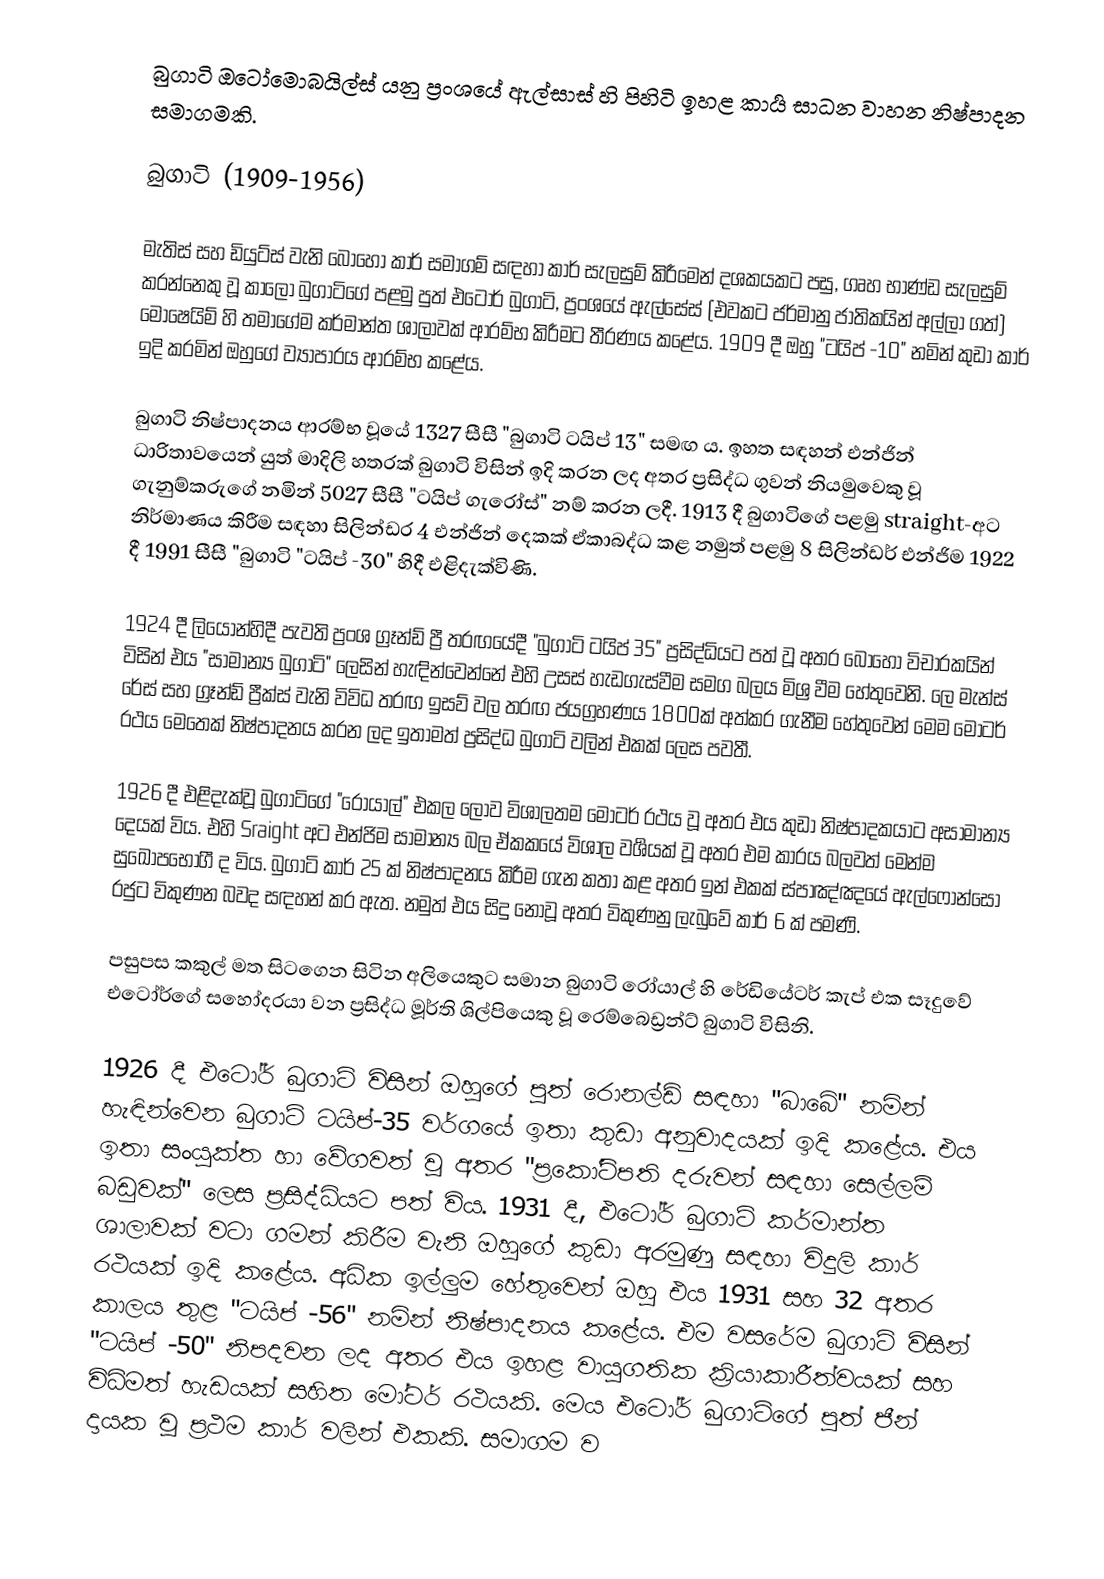
බුගාටි ඔටෝමොබයිල්ස් යනු ප්‍රංශයේ ඇල්සාස් හි පිහිටි ඉහළ කාර්‍ය සාධන වාහන නිෂ්පාදන සමාගමකි.

බුගාටි (1909-1956)

මැතිස් සහ ඩියුට්ස් වැනි බොහෝ කාර් සමාගම් සඳහා කාර් සැලසුම් කිරීමෙන් දශකයකට පසු, ගෘහ භාණ්ඩ සැලසුම් කරන්නෙකු වූ කාලෝ බුගාටිගේ පළමු පුත් එටෝර් බුගාටි, ප්‍රංශයේ ඇල්සේස් (එවකට ජර්මානු ජාතිකයින් අල්ලා ගත්) මොෂෙයිම් හි තමාගේම කර්මාන්ත ශාලාවක් ආරම්භ කිරීමට තීරණය කළේය. 1909 දී ඔහු "ටයිප් -10" නමින් කුඩා කාර් ඉදි කරමින් ඔහුගේ ව්‍යාපාරය ආරම්භ කළේය.

බුගාටි නිෂ්පාදනය ආරම්භ වූයේ 1327 සීසී "බුගාටි ටයිප් 13" සමඟ ය. ඉහත සඳහන් එන්ජින් ධාරිතාවයෙන් යුත් මාදිලි හතරක් බුගාටි විසින් ඉදි කරන ලද අතර ප්‍රසිද්ධ ගුවන් නියමුවෙකු වූ ගැනුම්කරුගේ නමින් 5027 සීසී "ටයිප් ගැරෝස්" නම් කරන ලදී. 1913 දී බුගාටිගේ පළමු straight-අට නිර්මාණය කිරීම සඳහා සිලින්ඩර 4 එන්ජින් දෙකක් ඒකාබද්ධ කළ නමුත් පළමු 8 සිලින්ඩර් එන්ජිම 1922 දී 1991 සීසී "බුගාටි "ටයිප් -30" හිදී එළිදැක්විණි.

1924 දී ලියොන්හිදී පැවති ප්‍රංශ ග්‍රෑන්ඩ් ප්‍රී තරඟයේදී "බුගාටි ටයිප් 35" ප්‍රසිද්ධියට පත් වූ අතර බොහෝ විචාරකයින් විසින් එය "සාමාන්‍ය බුගාටි" ලෙසින් හැඳින්වෙන්නේ එහි උසස් හැඩගැස්වීම සමග බලය මිශ්‍ර වීම හේතුවෙනි. ලෙ මැන්ස් රේස් සහ ග්‍රෑන්ඩ් ප්‍රීක්ස් වැනි විවිධ තරඟ ඉසව් වල තරඟ ජයග්‍රහණය 1800ක් අත්කර ගැනීම හේතුවෙන් මෙම මෝටර් රථය මෙතෙක් නිෂ්පාදනය කරන ලද ඉතාමත් ප්‍රසිද්ධ බුගාටි වලින් එකක් ලෙස පවතී.

1926 දී එළිදැක්වූ බුගාටිගේ "රෝයාල්" එකල ලොව විශාලතම මෝටර් රථය වූ අතර එය කුඩා නිෂ්පාදකයාට අසාමාන්‍ය දෙයක් විය. එහි Sraight අට එන්ජිම සාමාන්‍ය බල ඒකකයේ විශාල වර්‍ශයක් වූ අතර එම කාරය බලවත් මෙන්ම සුඛෝපභෝගී ද විය. බුගාටි කාර් 25 ක් නිෂ්පාදනය කිරීම ගැන කතා කළ අතර ඉන් එකක් ස්පාඤ්ඤයේ ඇල්ෆොන්සෝ රජුට විකුණන බවද සඳහන් කර ඇත. නමුත් එය සිදු නොවූ අතර විකුණනු ලැබුවේ කාර් 6 ක් පමණි.

පසුපස කකුල් මත සිටගෙන සිටින අලියෙකුට සමාන බුගාටි රෝයාල් හි රේඩියේටර් කැප් එක සෑදුවේ එටෝර්ගේ සහෝදරයා වන ප්‍රසිද්ධ මූර්ති ශිල්පියෙකු වූ රෙම්බෙඩ්‍රන්ට් බුගාටි විසිනි.

1926 දී එටෝර් බුගාටි විසින් ඔහුගේ පුත් රොනල්ඩ් සඳහා "බාබේ" නමින් හැඳින්වෙන බුගාටි ටයිප්-35 වර්ගයේ ඉතා කුඩා අනුවාදයක් ඉදි කළේය. එය ඉතා සංයුක්ත හා වේගවත් වූ අතර "ප්‍රකෝටිපති දරුවන් සඳහා සෙල්ලම් බඩුවක්" ලෙස ප්‍රසිද්ධියට පත් විය. 1931 දී, එටෝර් බුගාටි කර්මාන්ත ශාලාවක් වටා ගමන් කිරීම වැනි ඔහුගේ කුඩා අරමුණු සඳහා විදුලි කාර් රථයක් ඉදි කළේය. අධික ඉල්ලුම හේතුවෙන් ඔහු එය 1931 සහ 32 අතර කාලය තුළ "ටයිප් -56" නමින් නිෂ්පාදනය කළේය. එම වසරේම බුගාටි විසින් "ටයිප් -50" නිපදවන ලද අතර එය ඉහළ වායුගතික ක්‍රියාකාරීත්වයක් සහ විධිමත් හැඩයක් සහිත මෝටර් රථයකි. මෙය එටෝර් බුගාටිගේ පුත් ජීන් දායක වූ ප්‍රථම කාර් වලින් එකකි. සමාගම ව